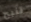
تنبح